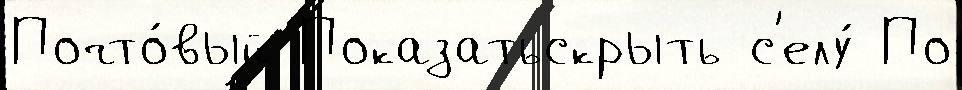
Почто́вый Показатьскрыть с'елу́ По